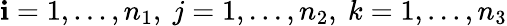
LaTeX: \mathbf{i}=1,...,n_{1},\ j=1,...,n_{2},\ k=1,...,n_{3}